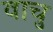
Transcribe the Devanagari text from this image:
वाचु